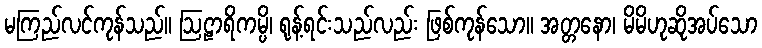
မကြည်လင်ကုန်သည်။ ဩဠာရိကမ္ပိ၊ ရုန့်ရင်းသည်လည်း ဖြစ်ကုန်သော။ အတ္တနော၊ မိမိဟုဆိုအပ်သော